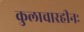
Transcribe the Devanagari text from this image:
कुलाचारहीनः